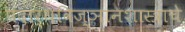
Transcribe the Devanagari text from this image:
पदार्थविज्ञानशास्त्राचे